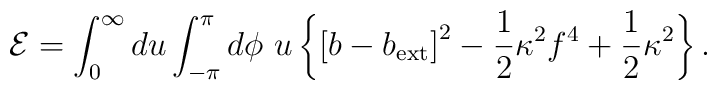
{\cal E}=\int_0^\infty du\int_{-\pi}^\pi d\phi\ u\left\{\left[b-b_{\rm ext}\right]^2-\frac{1}{2}\kappa^2f^4+\frac{1}{2}\kappa^2\right\}.